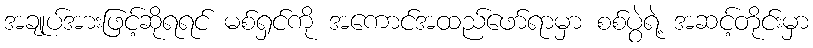
အချုပ်အားဖြင့်ဆိုရရင် မစ်ရှင်ကို အကောင်အထည်ဖော်ရာမှာ စစ်ပွဲရဲ့ အဆင့်တိုင်းမှာ